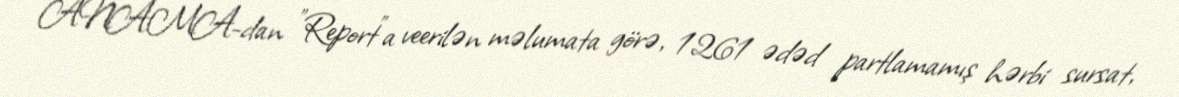
ANAMA-dan "Report"a veerilən məlumata görə, 1261 ədəd partlamamış hərbi sursat,